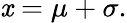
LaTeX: \mathit{x}=\mu+\sigma.